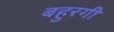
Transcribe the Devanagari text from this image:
बहुरगी